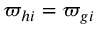
\varpi _ { h i } = \varpi _ { g i }